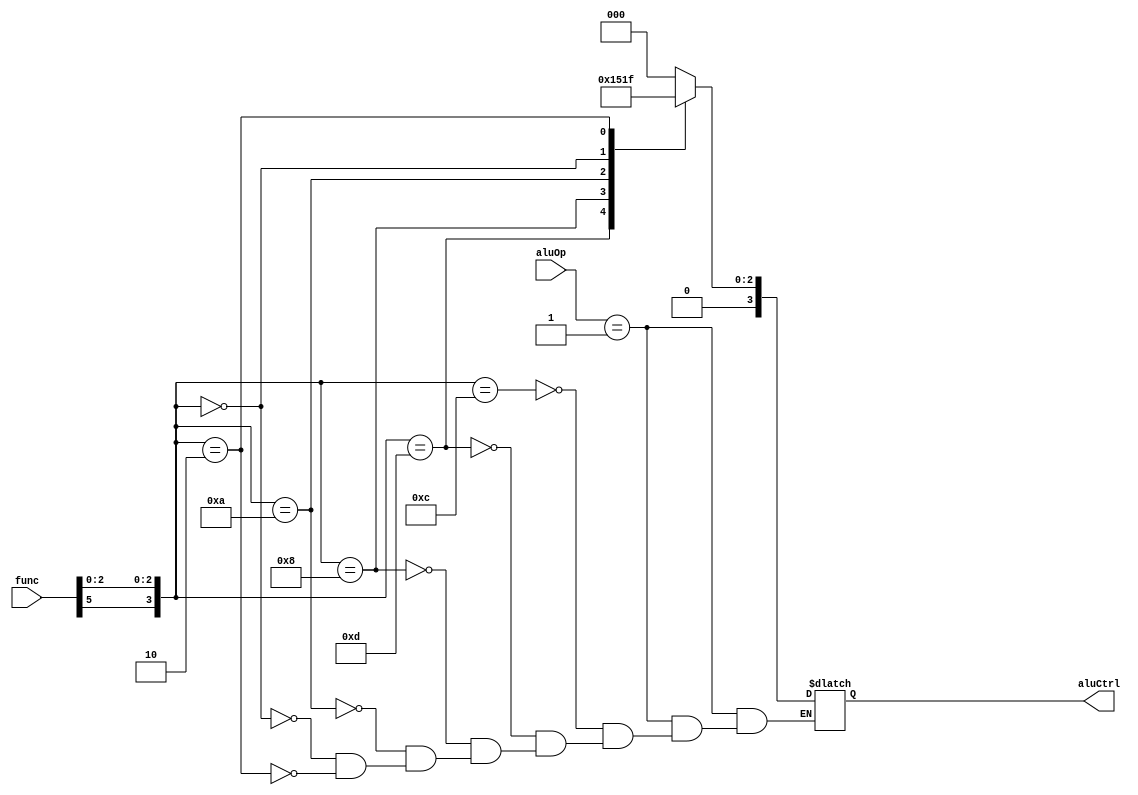
`timescale 1ns / 1ps
//////////////////////////////////////////////////////////////////////////////////
// Company: 
// Engineer: 
// 
// Design Name: 
// Module Name: aluControl
// Project Name: 
// Target Devices: 
// Tool Versions: 
// Description: 
// 
// Dependencies: 
// 
// Revision:
// Revision 0.01 - File Created
// Additional Comments:
// 
//////////////////////////////////////////////////////////////////////////////////


module aluControl(
    input [1:0] aluOp,
    input [5:0] func,   
    
    output reg [3:0] aluCtrl
    );
    
    wire [3:0] funct;
    
    assign funct = {func[5], func[2:0]};  // Not all bits are required
    
    parameter AND = 4'b1100, OR = 4'b1101, ADD = 4'b1000, SUB = 4'b1010, LEFT = 4'b0000, RIGHT = 4'b0010;
    parameter I_type = 2'b00, R_type = 2'b01;
    
    always @(*) 
        begin 
            case(aluOp)
                I_type: 
                    aluCtrl = 4'bx; // You don't need an alucontrol signal for this 
                    
                R_type:
                    begin 
                        case(funct)
                            AND: 
                                aluCtrl = 4'b0000;
                            OR: 
                                aluCtrl = 4'b0001; 
                            ADD: 
                                aluCtrl = 4'b0010; 
                            SUB: 
                                aluCtrl = 4'b0100; 
                            LEFT: 
                                aluCtrl = 4'b0011; 
                            RIGHT: 
                                aluCtrl = 4'b0111; 
                            
                        endcase
                    end 
                    
                default: 
                      aluCtrl = 4'bx; 
             endcase 
        end 
endmodule